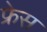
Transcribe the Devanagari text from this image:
फ्रेस